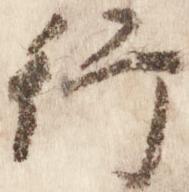
行